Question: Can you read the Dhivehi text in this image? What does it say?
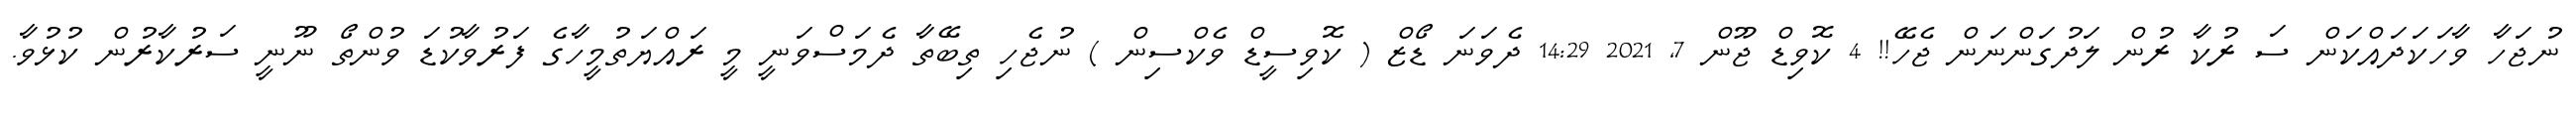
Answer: ނުޖަހާ ވާހަކަދައްކަން ސަ ރުކާ ރުން ލަދުގަންނަން ޖެހޭ!! 4 ކޮވިޑް ޖޫން 7, 2021 14:29 ދެވަނަ ޑޯޒް ( ކޮވިސީޑް ވެކްސިން ) ނުޖެހި ތިބޭތާ ދެމަސްވަނީ މީ ރައްޔަތުމީހާގެ ފަރުވާކުޑަ ވުންތޯ ނޫނީ ސަރުކާރުން ކުޅުވާ.